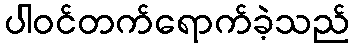
ပါဝင်တက်ရောက်ခဲ့သည်